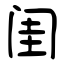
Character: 闺